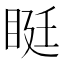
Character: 𥆑